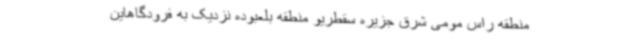
منطقه راس مومی شرق جزیره سقطریو منطقه بلعبوده نزدیک به فرودگاهاین